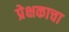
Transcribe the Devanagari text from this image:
प्रेक्षकाचा